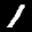
Label: 1